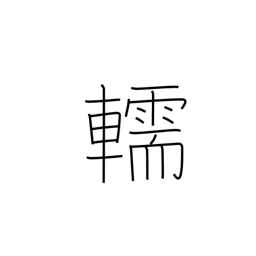
Meaning: hearse